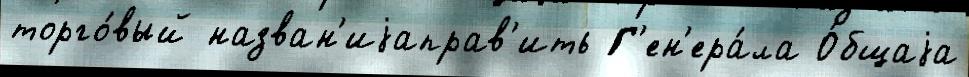
торго́вый назван'иjаправ'ить Г'ен'ера́ла О́бщаjа